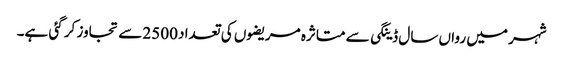
شہر میں رواں سال ڈینگی سے متاثرہ مریضوں کی تعداد 2500 سے تجاوز کر گئی ہے۔